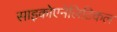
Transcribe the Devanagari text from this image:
साइकोएनेलिटिकल